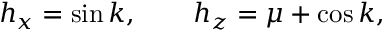
h _ { x } = \sin k , \qquad h _ { z } = \mu + \cos k ,